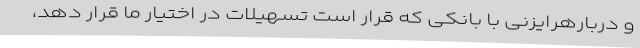
و دربارهرایزنی با بانکی که قرار است تسهیلات در اختیار ما قرار دهد،